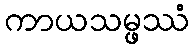
ကာယသမ္ဖဿံ